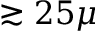
\gtrsim 2 5 \mu